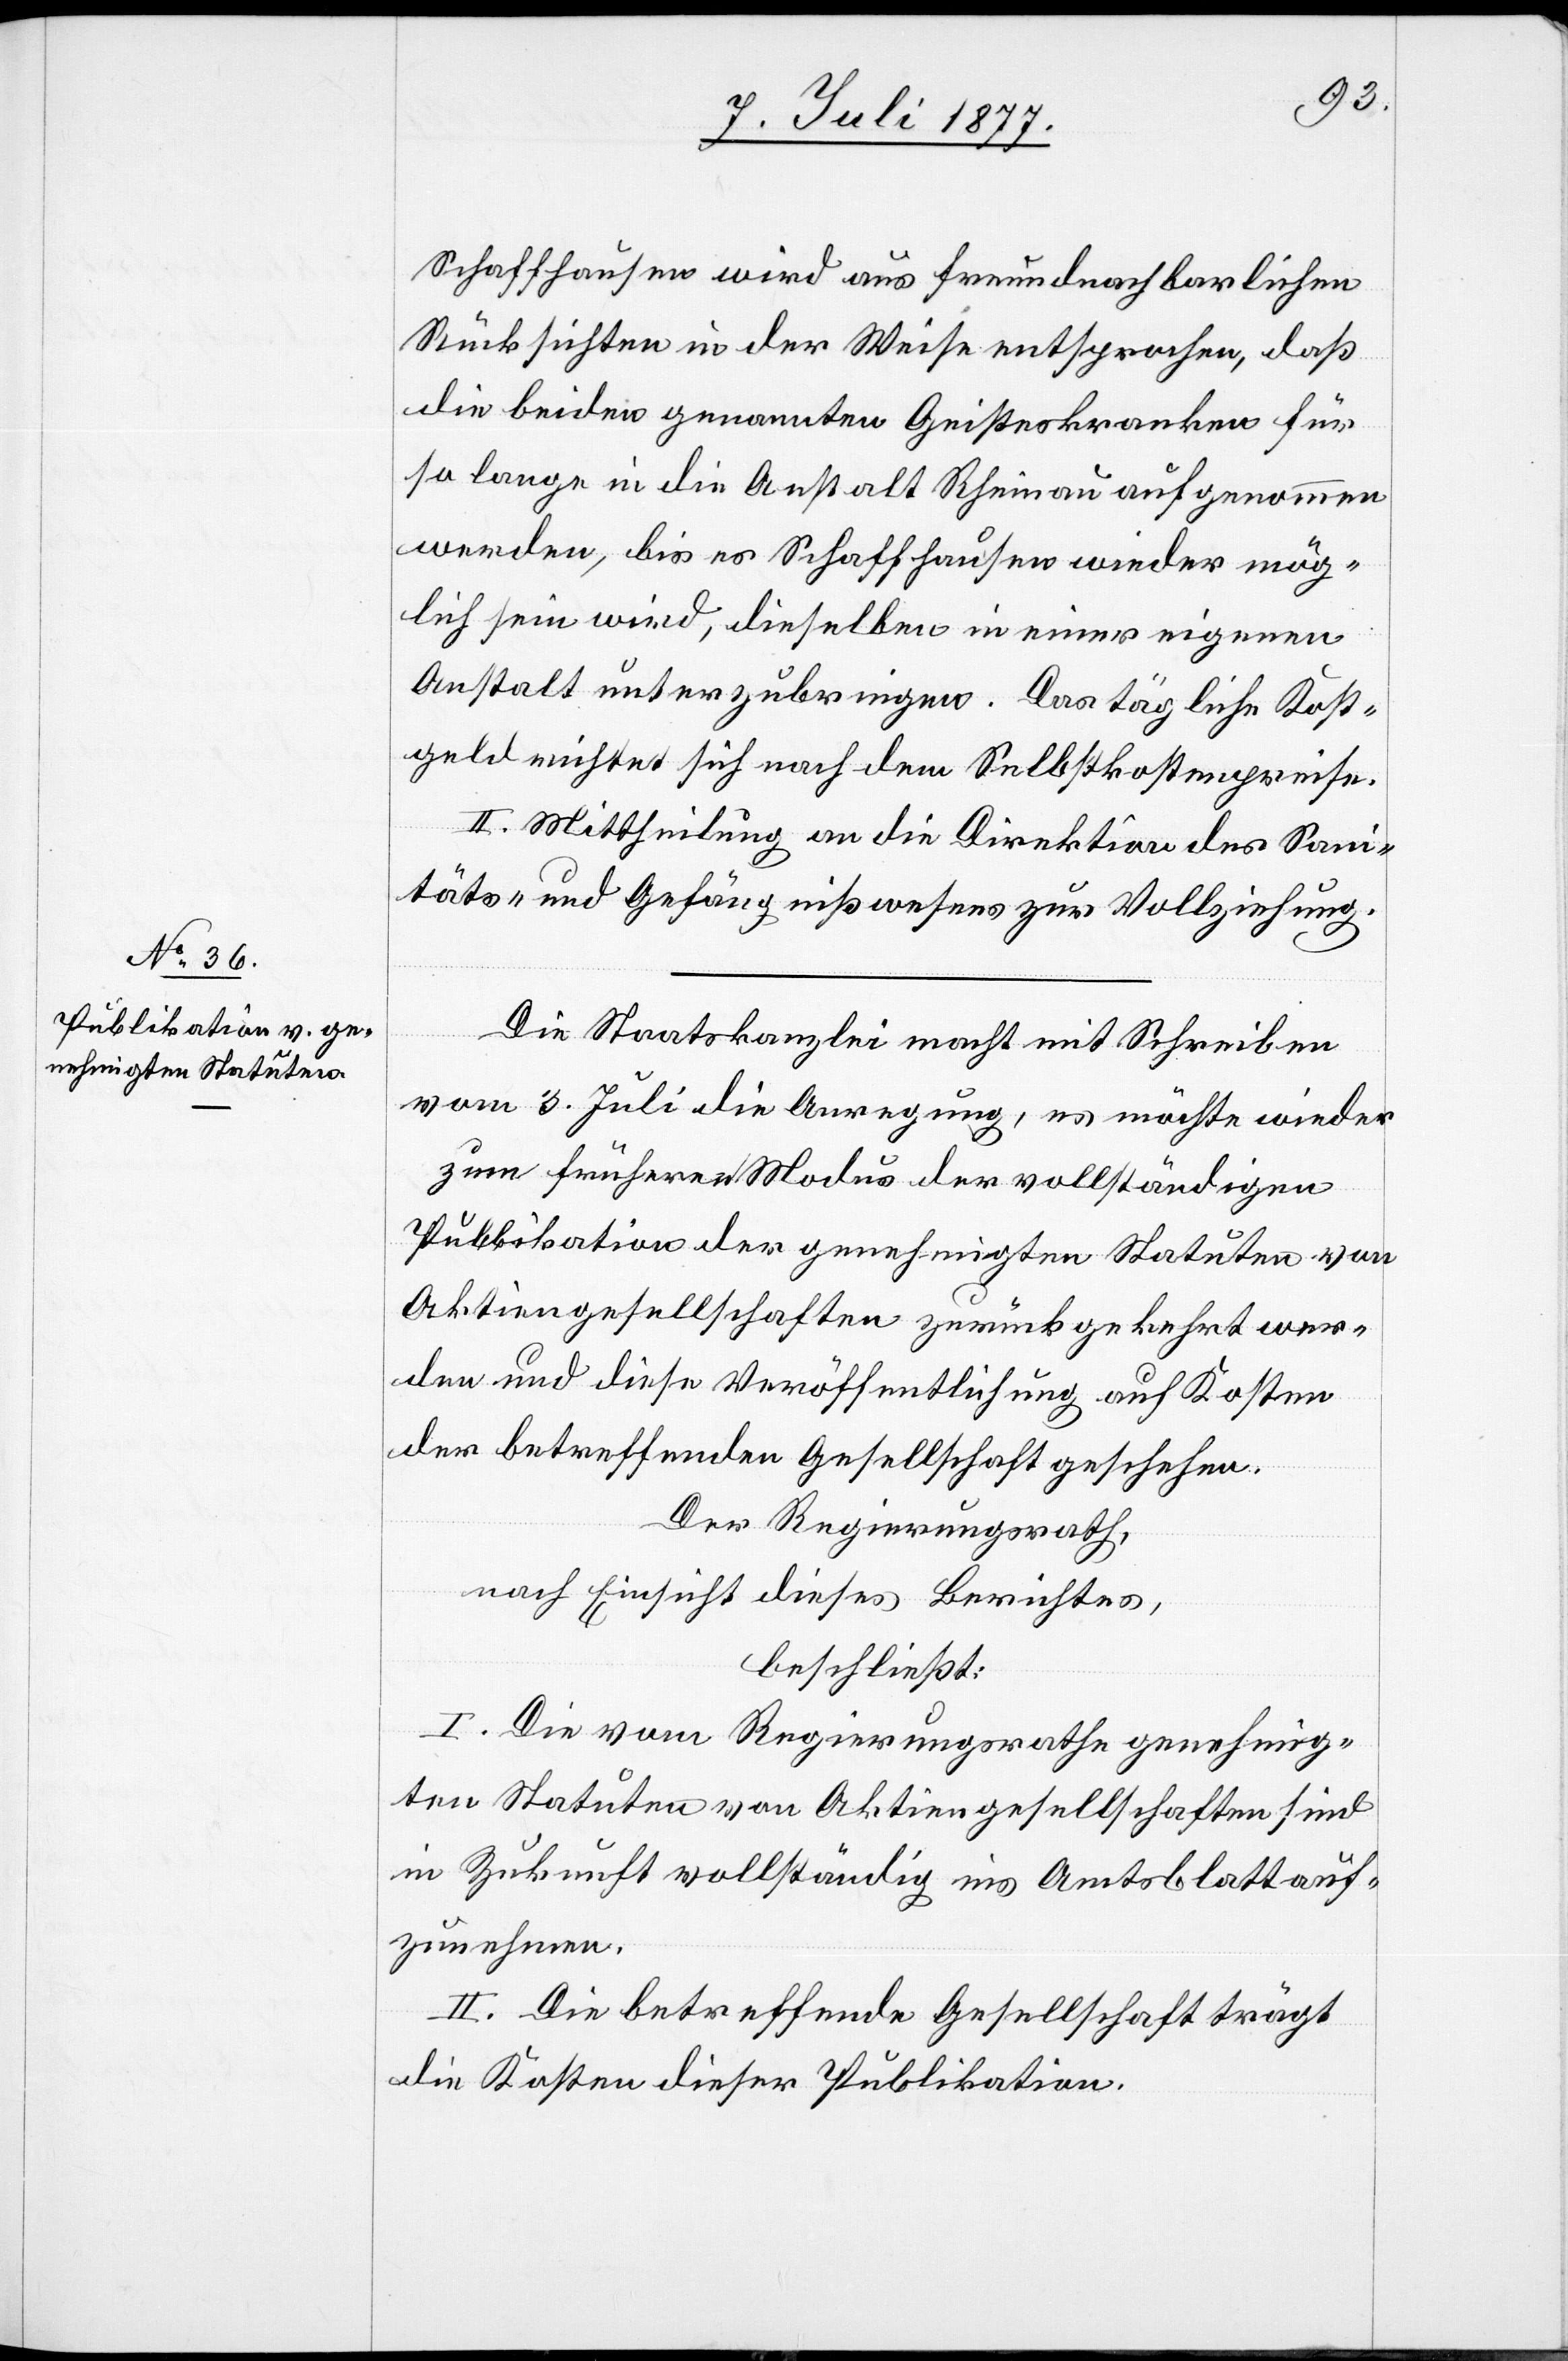
Schaffhausen wird aus freundnachbarlichen
Rücksichten in der Weise entsprochen, daß
die beiden genannten Geisteskranken für
so lange in die Anstalt Rheinau aufgenommen
werden, bis es Schaffhausen wieder mög¬
lich sein wird, dieselben in einer eigenen
Anstalt unterzubringen. Das tägliche Kost¬
geld richtet sich nach dem Selbstkostenpreise.
II. Mittheilung an die Direktion des Sani¬
täts- und Gefängnißwesens zur Vollziehung.
Die Staatskanzlei macht mit Schreiben
vom 3. Juli die Anregung, es möchte wieder
zum früheren Modus der vollständigen
Publikation der genehmigten Statuten von
Aktiengesellschaften zurückgekehrt wer¬
den und diese Veröffentlichung auf Kosten
der betreffenden Gesellschaft geschehen.
Der Regierungsrath,
nach Einsicht dieses Berichtes,
beschließt:
I. Die vom Regierungsrathe genehmig¬
ten Statuten von Aktiengesellschaften sind
in Zukunft vollständig ins Amtsblatt auf¬
zunehmen.
II. Die betreffende Gesellschaft trägt
die Kosten dieser Publikation.